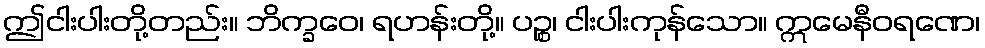
ဤငါးပါးတို့တည်း။ ဘိက္ခဝေ၊ ရဟန်းတို့။ ပဉ္စ၊ ငါးပါးကုန်သော။ ဣမေနီဝရဏေ၊